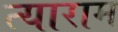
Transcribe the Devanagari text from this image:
त्याराम